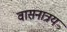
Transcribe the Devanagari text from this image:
वासनात्रय